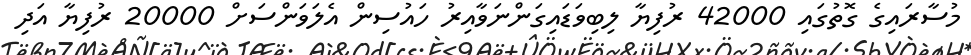
މުސާރައިގެ ގޮތުގައި 42000 ރުފިޔާ ލިބިވަޑައިގަންނަވާއިރު ހައުސިން އެލަވަންސަށް 20000 ރުފިޔާ އަދި